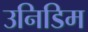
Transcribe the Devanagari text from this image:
उनिडिम